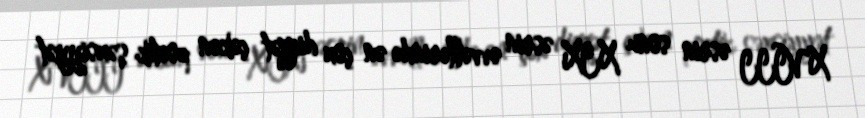
XVIII əsrin sonu XIX əsrin əvvəllərində ən çox diqqət çəkən poetik şəxsiyyət